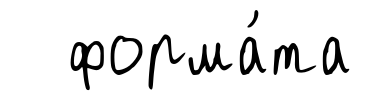
форма́та